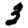
Digit: 3